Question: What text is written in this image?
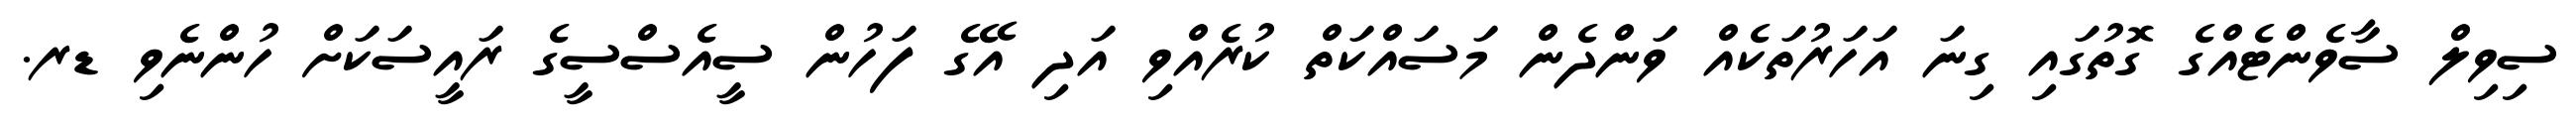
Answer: ސިވިލް ސާވެންޓެއްގެ ގޮތުގައި ގިނަ އަހަރުތަކެއް ވަންދެން މަސައްކަތް ކުރެއްވި އަދި އޭގެ ފަހުން ސީއެސްސީގެ ރައީސަކަށް ހުންނެވި ޑރ.